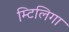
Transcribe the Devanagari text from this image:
म्टिलिगा